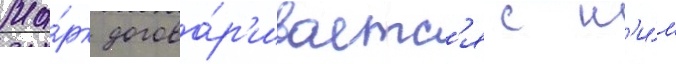
Ма́рк догова́р'иваетс'я с н'и́м